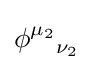
{\phi ^{\mu _{2}}}_{\nu _{2}}